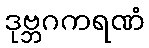
ဒုဗ္ဘဂကရဏံ